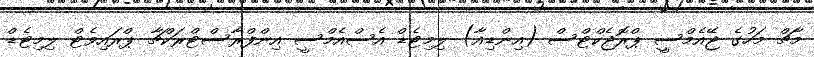
މާޗް މަހުގެ ޖޭއެމްސީ ޕްރޮޖެކްޓްސް (އިންޑިއާ) ލިމިޓެޑް އެސްއެމްސީ އިންފްރާސްޓްރަކްޗާ ޕްރައިވެޓް ލިމިޓެޑް